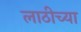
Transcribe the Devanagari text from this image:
लाठीच्या